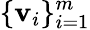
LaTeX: \{ {\mathbf v}_{i}\} _{i=1}^{m}